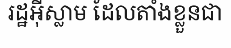
រដ្ឋអ៊ីស្លាម ដែលតាំងខ្លួនជា